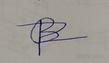
Signature authenticity: forged